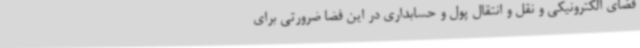
فضای الکترونیکی و نقل و انتقال پول و حسابداری در این فضا ضرورتی برای